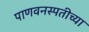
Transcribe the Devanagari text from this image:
पाणवनस्पतीच्या